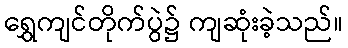
ရွှေကျင်တိုက်ပွဲ၌ ကျဆုံးခဲ့သည်။